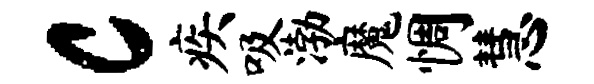
c疾吸渤魔惆慧